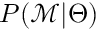
P ( \mathcal { M } | \Theta )